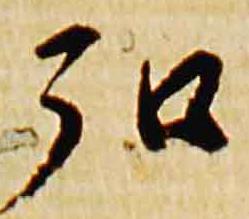
弘